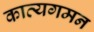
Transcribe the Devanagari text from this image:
काव्यगमन